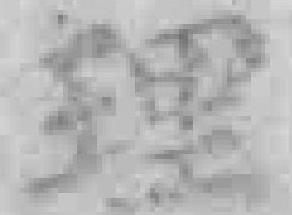
理